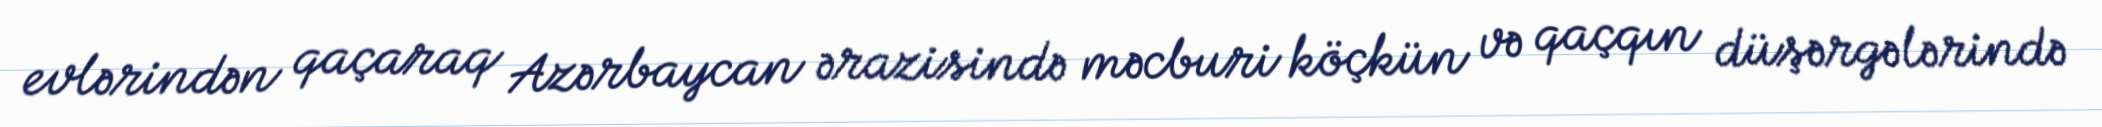
evlərindən qaçaraq Azərbaycan ərazisində məcburi köçkün və qaçqın düşərgələrində